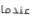
عندما